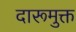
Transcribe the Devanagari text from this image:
दारूमुक्त